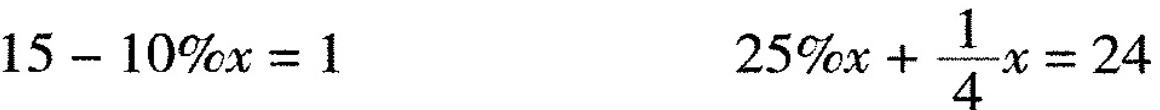
$$1 5 - 1 0 % x = 1$$ $$2 5 % x + \frac { 1 } { 4 } x = 2 4$$